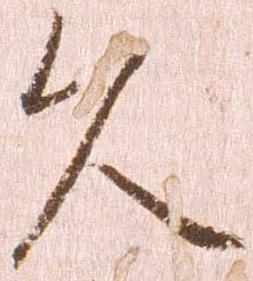
久